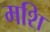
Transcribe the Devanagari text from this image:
मशि